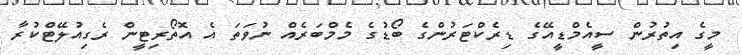
މީގެ އިތުރުން ސީއެމްޑީއޭގެ ޑިރެކްޓަރުންގެ ބޯޑުގެ މެމްބަރެއް ނުވަތަ އެ އޮތޯރިޓީން ރެގިއުލޭޓްކުރާ